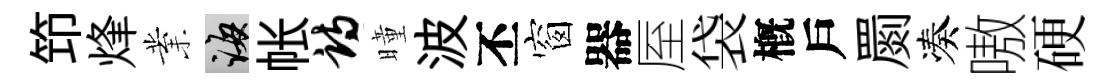
笻烽業誨帐诗曈波丕窗器厔袋槪戶罽凑嗷硬